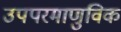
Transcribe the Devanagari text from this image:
उपपरमाणुविक